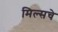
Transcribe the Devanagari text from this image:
मिल्सचे